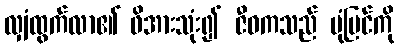
လျှံထွက်လာ၏ ဖိအားသုံး၍ ဇီဝကသည် ပုံပြင်ကို